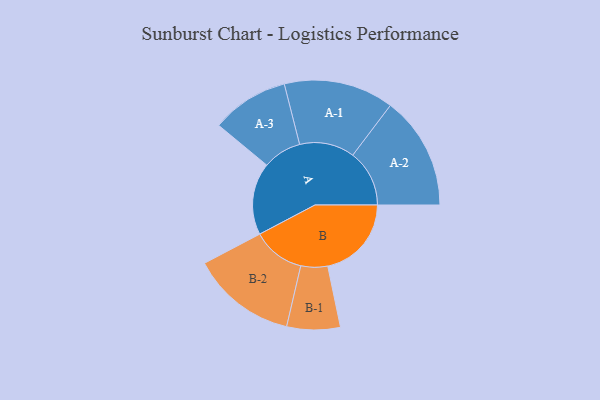
{"axis": {"x": "Segment", "y": "Value"}, "legend": ["", "A", "B"], "data": [{"x": "A", "y": 354, "type": ""}, {"x": "B", "y": 411, "type": ""}, {"x": "A-1", "y": 270, "type": "A"}, {"x": "A-2", "y": 278, "type": "A"}, {"x": "A-3", "y": 190, "type": "A"}, {"x": "B-1", "y": 131, "type": "B"}, {"x": "B-2", "y": 258, "type": "B"}]}